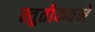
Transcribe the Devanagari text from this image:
स्तुतीकवने